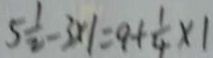
5 \frac { 1 } { 2 } - 3 \times 1 = 9 + \frac { 1 } { 4 } \times 1